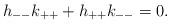
LaTeX: \begin{align*}h_{--}k_{++} + h_{++}k_{--} = 0. \end{align*}